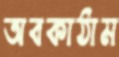
অবকাঠাম